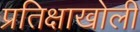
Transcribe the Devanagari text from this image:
प्रतिक्षाखोली